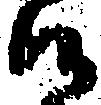
候